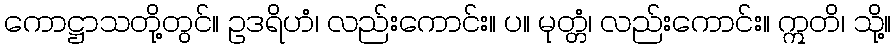
ကောဋ္ဌာသတို့တွင်။ ဥဒရိဟံ၊ လည်းကောင်း။ ပ။ မုတ္တံ၊ လည်းကောင်း။ ဣတိ၊ သို့။